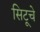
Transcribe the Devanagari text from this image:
सिटूचे